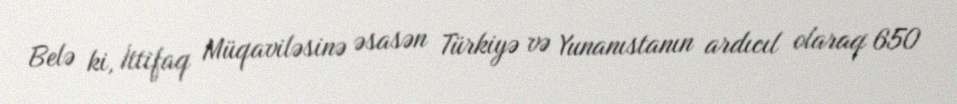
Belə ki, İttifaq Müqaviləsinə əsasən Türkiyə və Yunanıstanın ardıcıl olaraq 650